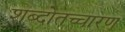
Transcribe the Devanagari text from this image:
शब्दोतच्चारण